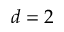
d = 2